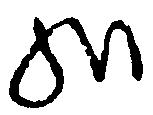
給